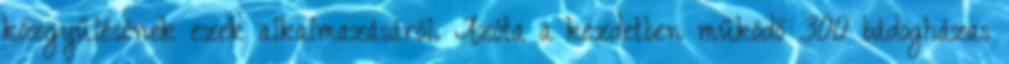
közgyűlésének ezek alkalmazásáról. Azóta a kezdetben működő 300 bádogházas